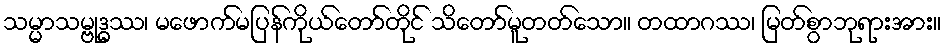
သမ္မာသမ္ဗုဒ္ဓဿ၊ မဖောက်မပြန်ကိုယ်တော်တိုင် သိတော်မူတတ်သော။ တထာဂဿ၊ မြတ်စွာဘုရားအား။